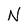
Character: N